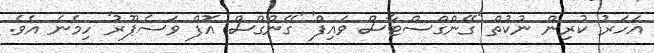
އަހަރު ކުރިން ނުކުތް 'ގޭންގްސްޓާސް ވައިފް' 'ގޭންގްސް އޮފް ވަސެޕޫރު' ހިމެނެ އެވެ.